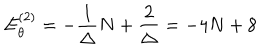
E _ { \theta } ^ { ( 2 ) } = - \frac { 1 } { \Delta } N + \frac { 2 } { \Delta } = - 4 N + 8